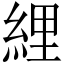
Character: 䋥